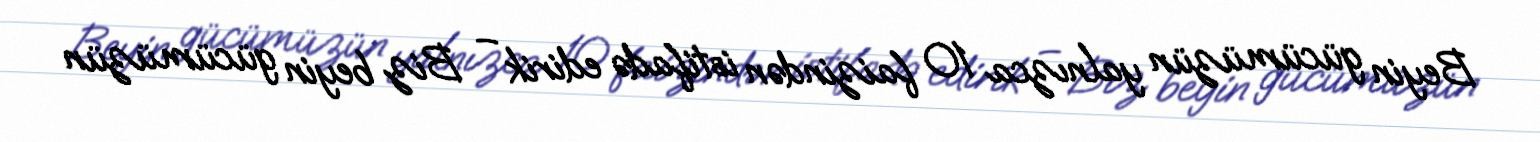
Beyin gücümüzün yalnızca 10 faizindən istifadə edirik – Biz beyin gücümüzün